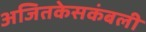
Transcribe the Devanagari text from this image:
अजितकेसकंबली